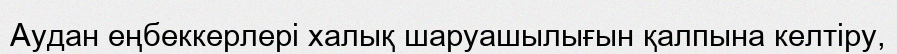
Аудан еңбеккерлері халық шаруашылығын қалпына келтіру,